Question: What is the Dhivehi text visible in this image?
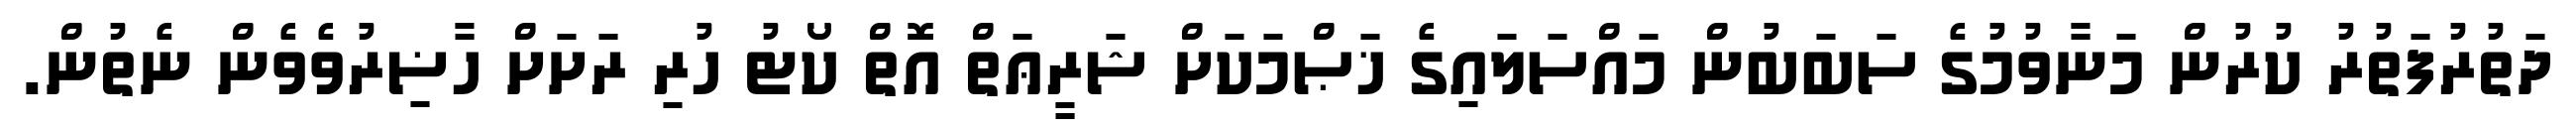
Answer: ދަތުރުފަތުރު ކުރުން މަނާވުމުގެ ސަބަބުން މައްސަލައިގެ ޚަޞްމަކަށް ޝަރީޢަތް އޮތް ކޯޓު ހުރި ރަށަށް ހާޟިރުވެވެން ނެތުން.